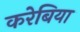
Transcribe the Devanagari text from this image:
करेबिया